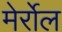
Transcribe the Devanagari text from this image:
मेर्रोल